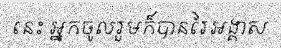
នេះ អ្នកចូលរួមក៏បានរៃអង្គាស